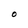
Character: O